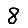
Digit: 8